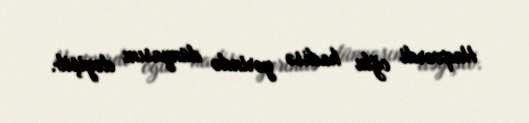
Haqverdi oğlu hadisə yerində dünyasını dəyişib.